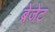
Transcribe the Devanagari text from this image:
ब्रेजेट